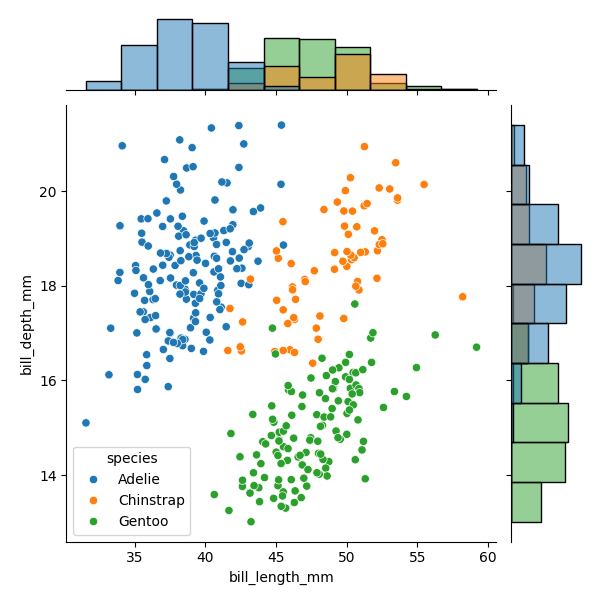
python, seaborn, JointGrid, scatterplot, histplot, hue